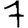
Digit: 7